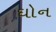
ઘોન